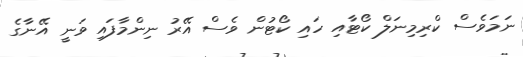
ނަމަވެސް ކްރިމިނަލް ކޯޓާއި ހައި ކޯޓުން ވެސް އޭރު ނިންމާފައި ވަނީ އޭނާގެ